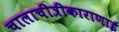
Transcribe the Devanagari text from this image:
चालाचीत्रीकाराणाई